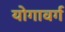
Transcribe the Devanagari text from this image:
योगावर्ग